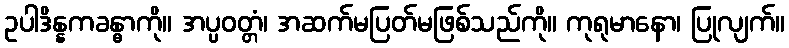
ဥပါဒိန္နကခန္ဓာကို။ အပ္ပဝတ္တံ၊ အဆက်မပြတ်မဖြစ်သည်ကို။ ကုရုမာနော၊ ပြုလျက်။